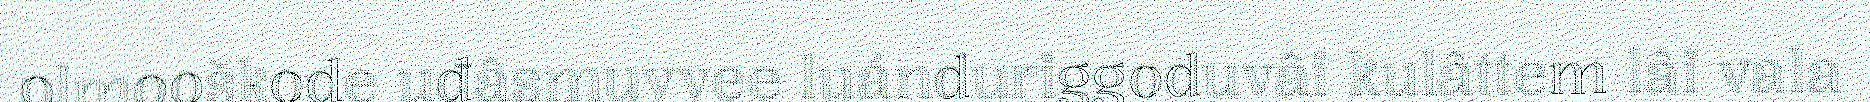
olmooškode uđâsmuvvee luánduriggoduvâi kulâttem lâi vala